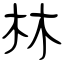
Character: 林